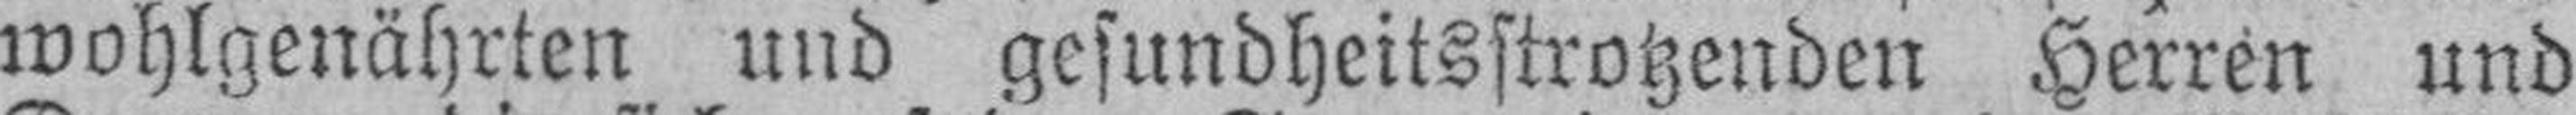
wohlgenährten und gesundheitsstrotzenden Herren und